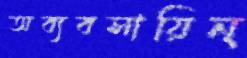
অব্যবসায়িন্